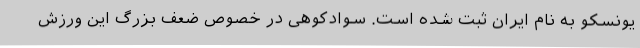
یونسکو به نام ایران ثبت شده است. سوادکوهی در خصوص ضعف بزرگ این ورزش